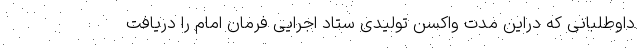
داوطلبانی که دراین مدت واکسن تولیدی ستاد اجرایی فرمان امام را دریافت